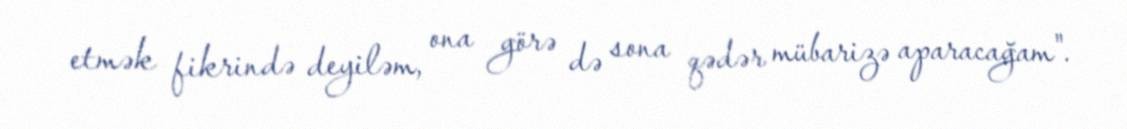
etmək fikrində deyiləm, ona görə də sona qədər mübarizə aparacağam".